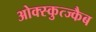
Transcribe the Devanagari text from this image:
ओक्स्कुत्ज्कैब